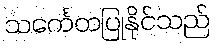
သင်္ကေတပြုနိုင်သည်